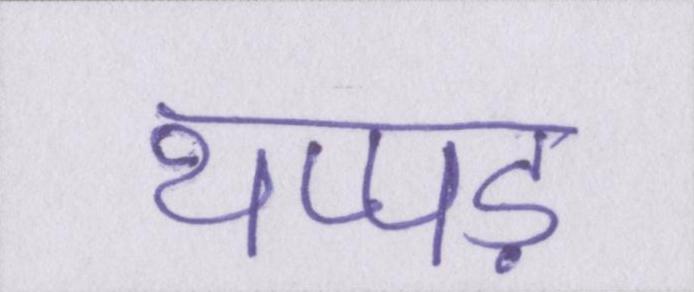
थप्पड़